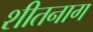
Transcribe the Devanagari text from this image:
शीतनाग